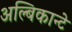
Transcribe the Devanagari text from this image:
अल्बिकान्टे